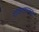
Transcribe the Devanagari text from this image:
एव्हिएशनकडून